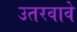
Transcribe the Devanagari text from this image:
उतरवावे